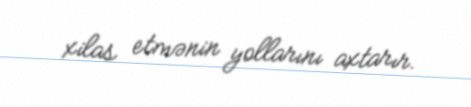
xilas etmənin yollarını axtarır.